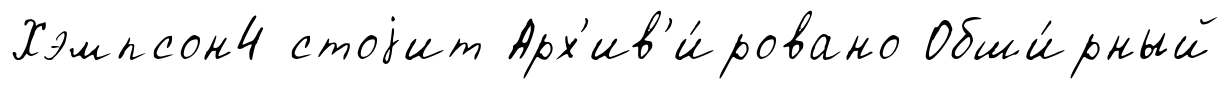
Хэмпсон4 стоjит Арх'ив'и́ровано Обши́рный